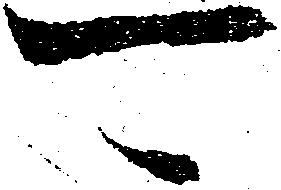
可